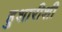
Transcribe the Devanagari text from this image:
हुशारीशी